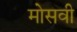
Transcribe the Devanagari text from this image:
मोसवी